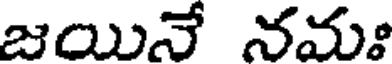
జయినే నమః